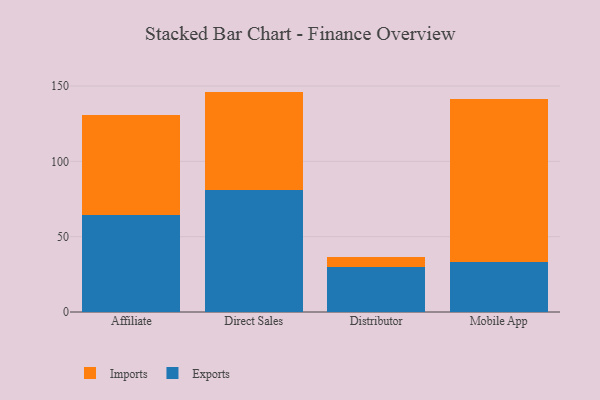
{"axis": {"x": "Channel", "y": "Active Users"}, "legend": ["Exports", "Imports"], "data": [{"x": "Affiliate", "y": 64.7, "type": "Exports"}, {"x": "Affiliate", "y": 66.0, "type": "Imports"}, {"x": "Direct Sales", "y": 81.1, "type": "Exports"}, {"x": "Direct Sales", "y": 65.2, "type": "Imports"}, {"x": "Distributor", "y": 30.0, "type": "Exports"}, {"x": "Distributor", "y": 6.7, "type": "Imports"}, {"x": "Mobile App", "y": 33.4, "type": "Exports"}, {"x": "Mobile App", "y": 108.2, "type": "Imports"}]}